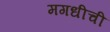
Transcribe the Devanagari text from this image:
मगधीची